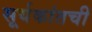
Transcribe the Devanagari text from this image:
सूर्यकांतची